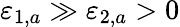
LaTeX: \varepsilon_{1,a}\gg\varepsilon_{2,a}>0